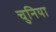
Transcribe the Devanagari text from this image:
चुनिया